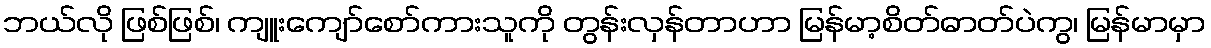
ဘယ်လို ဖြစ်ဖြစ်၊ ကျူးကျော်စော်ကားသူကို တွန်းလှန်တာဟာ မြန်မာ့စိတ်ဓာတ်ပဲကွ၊ မြန်မာမှာ